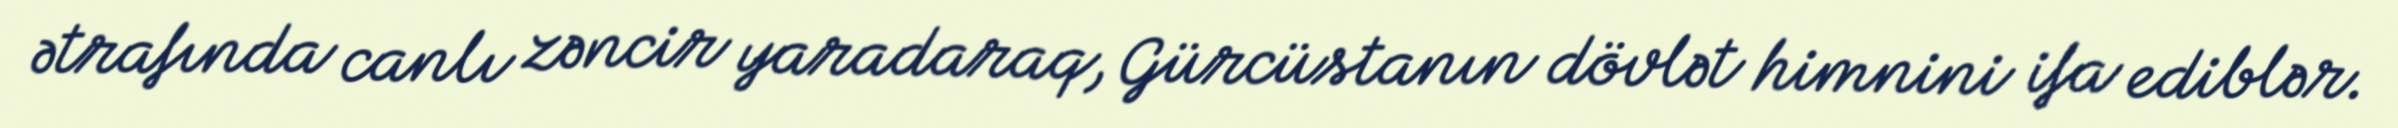
ətrafında canlı zəncir yaradaraq, Gürcüstanın dövlət himnini ifa ediblər.